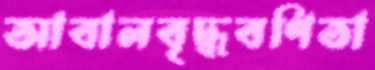
আবালবৃদ্ধবণিতা